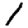
Digit: 1